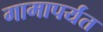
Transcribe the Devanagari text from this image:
गामापर्यंत